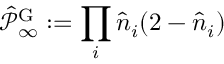
\hat { \mathcal { P } } _ { \infty } ^ { \mathrm { G } } : = \prod _ { i } \hat { n } _ { i } ( 2 - \hat { n } _ { i } )